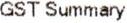
GST SUMMARY